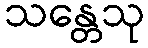
သန္တေသု